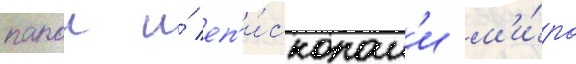
папои и́ еп'и́скопам'и м'и́ра